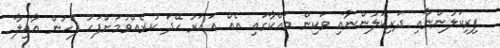
ފިރިކަލުންނާއި ދަރިކަލުންނާއި ވަކިން މައްކާގައި އެއް އަހަރު ހޭދަ ކުރެއްވުމަށްފަހު ފަހުން ޢާއިލާ